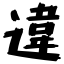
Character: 違